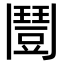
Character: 𩰒